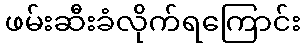
ဖမ်းဆီးခံလိုက်ရကြောင်း